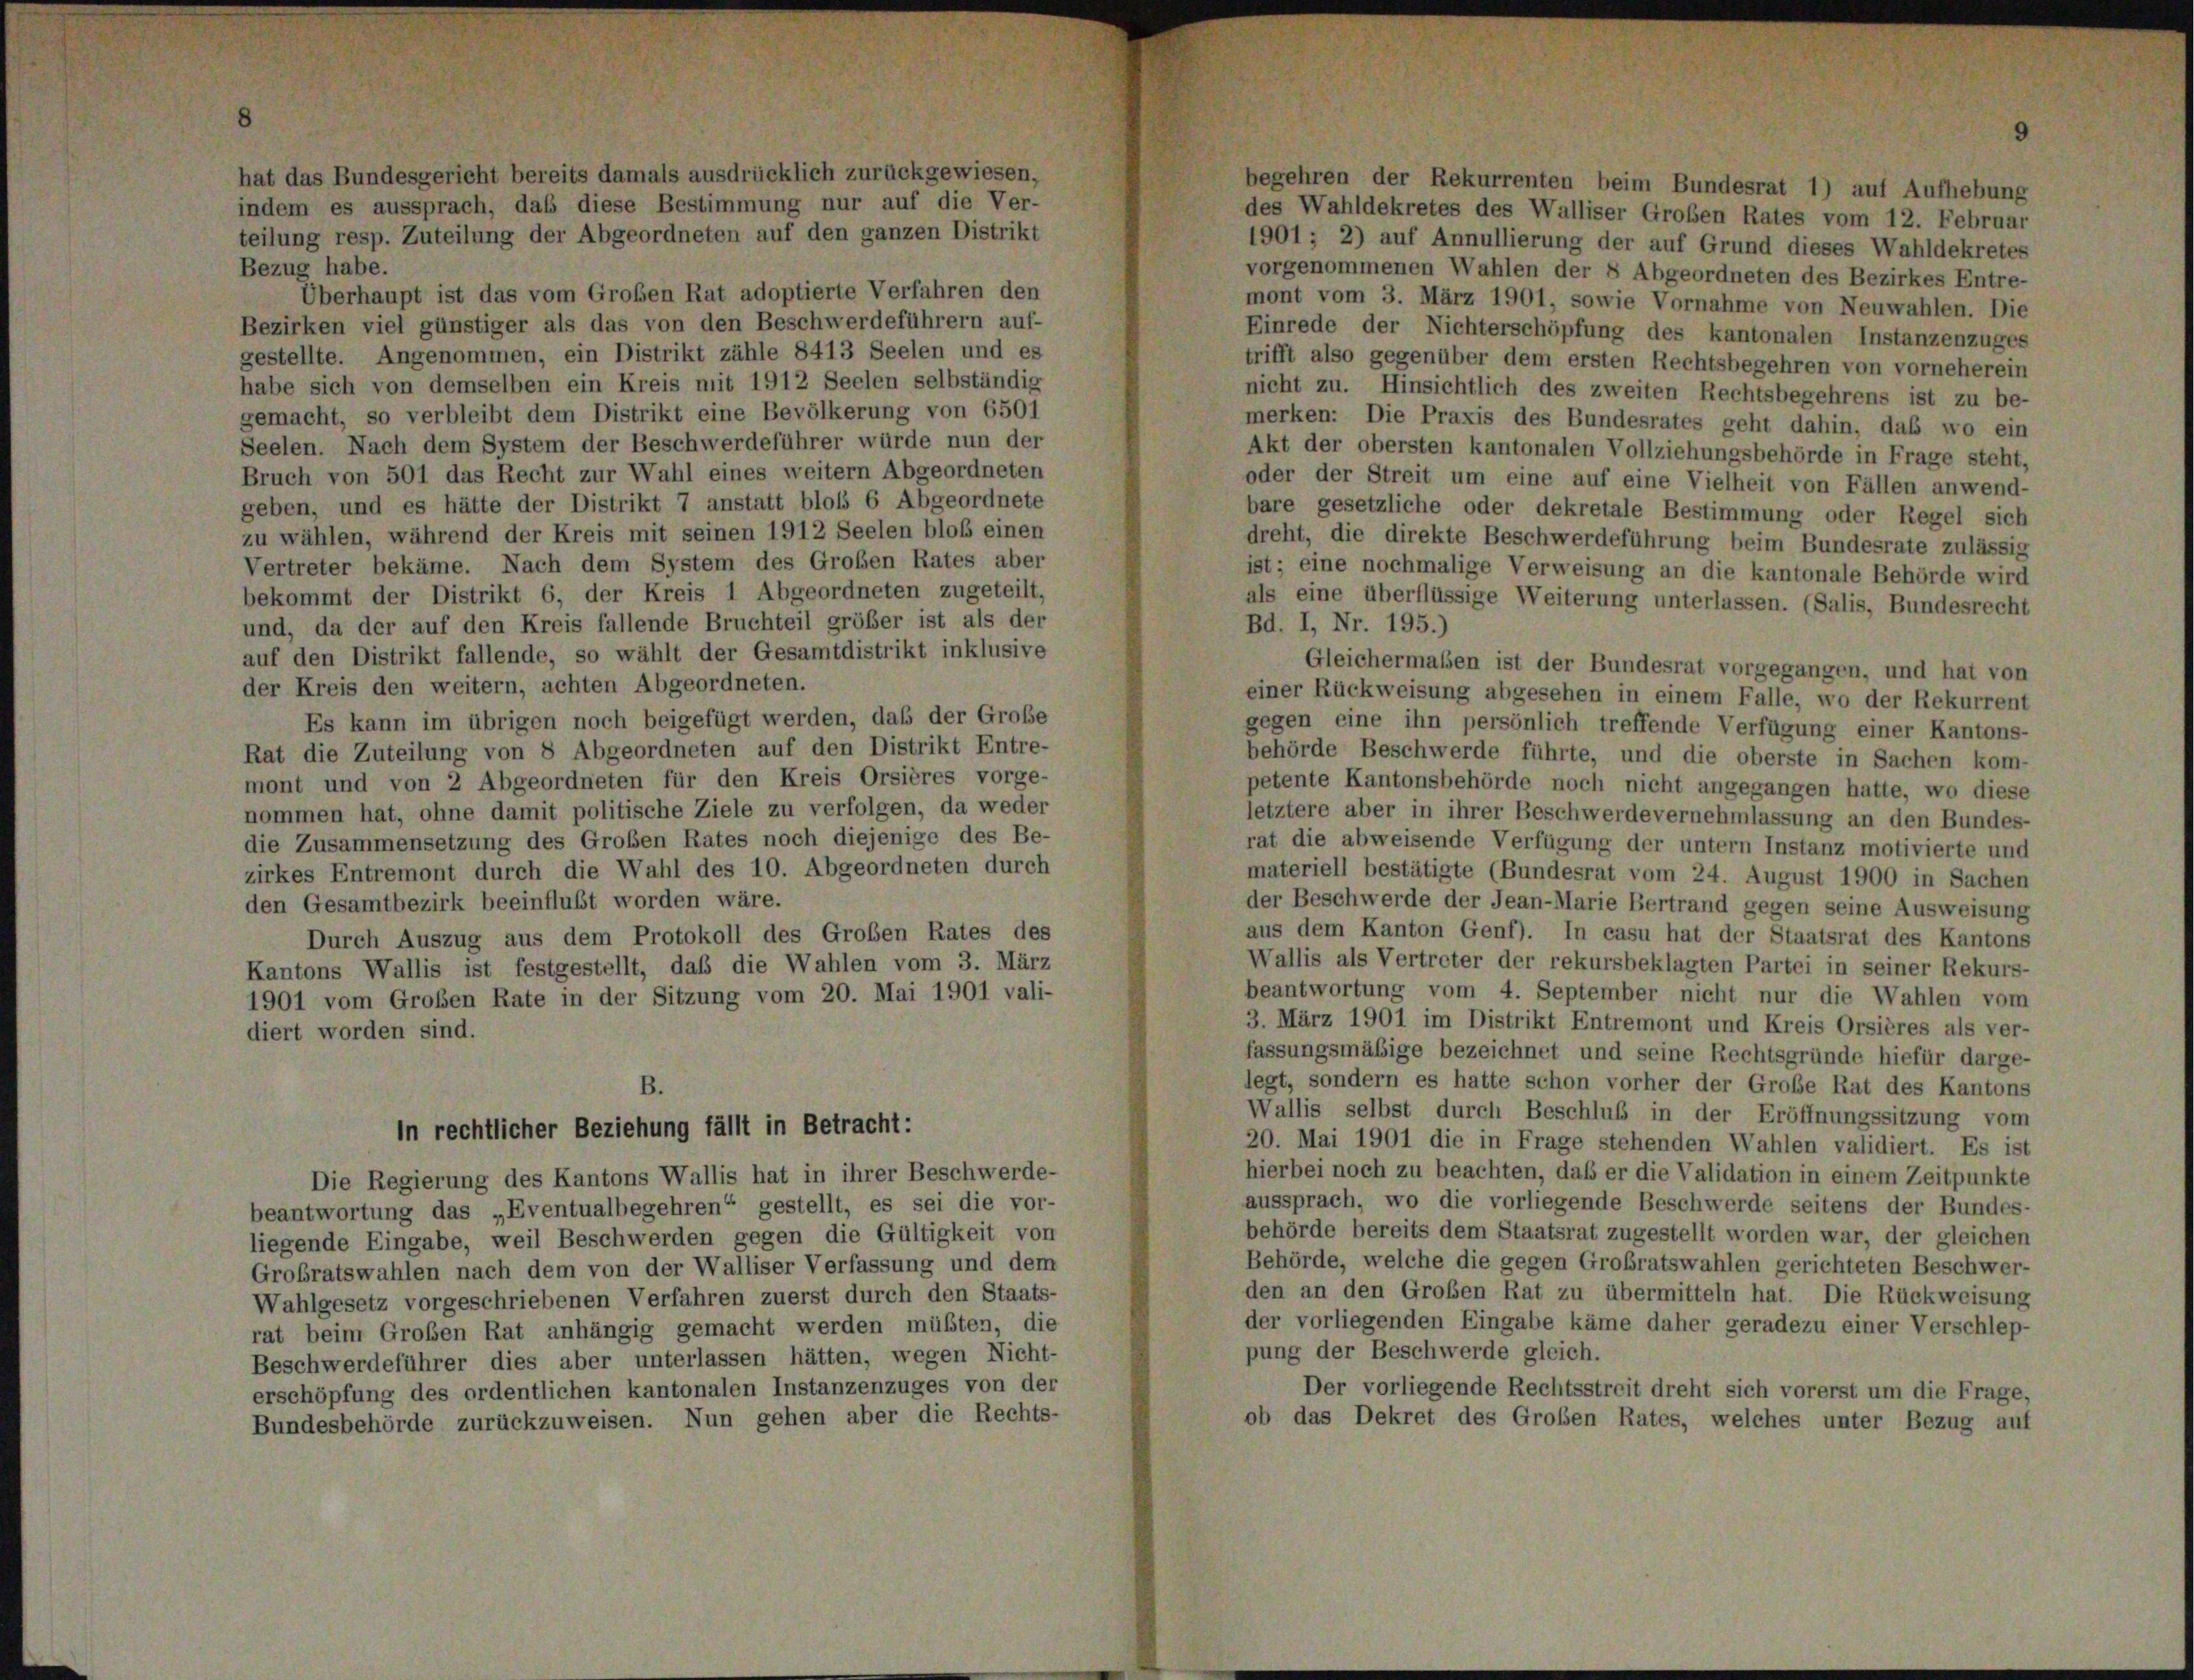
hat das Bundesgericht bereits damals ausdrücklich zurückgewiesen,
begehren der Rekurrenten beim Bundesrat 1) auf Aufhebung
indem es aussprach, daß diese Bestimmung nur auf die Ver-
des Wahldekretes des Walliser Großen Rates vom 12. Februar
teilung resp. Zuteilung der Abgeordneten auf den ganzen Distrikt
1901 ; 2) auf Annullierung der auf Grund dieses Wahldekretes
Bezug habe.
vorgenommenen Wahlen der 8 Abgeordneten des Bezirkes Entre-
Überhaupt ist das vom Großen Rat adoptierte Verfahren den
mont vom 3. März 1901, sowie Vornahme von Neuwahlen. Die
Bezirken viel günstiger als das von den Beschwerdeführern auf-
Einrede der Nichterschöpfung des kantonalen Instanzenzuges
gestellte. Angenommen, ein Distrikt zähle 8413 Seelen und es
trifft also gegenüber dem ersten Rechtsbegehren von vorneherein
habe sich von demselben ein Kreis mit 1912 Seelen selbständig
nicht zu. Hinsichtlich des zweiten Rechtsbegehrens ist zu be-
gemacht, so verbleibt dem Distrikt eine Bevölkerung von 6501
merken: Die Praxis des Bundesrates geht dahin, das wo ein
Seelen. Nach dem System der Beschwerdeführer würde nun der
Akt der obersten kantonalen Vollziehungsbehörde in Frage steht,
Bruch von 501 das Recht zur Wahl eines weitern Abgeordneten
oder der Streit um eine auf eine Vielheit von Fällen anwend-
geben, und es hätte der Distrikt 7 anstatt bloß 6 Abgeordnete
bare gesetzliche oder dekretale Bestimmung oder Regel sich
zu wählen, während der Kreis mit seinen 1912 Seelen bloß einen
dreht, die direkte Beschwerdeführung beim Bundesrate zulässig
Vertreter bekäme. Nach dem System des Großen Rates aber
ist; eine nochmalige Verweisung an die kantonale Behörde wird
bekommt der Distrikt 6, der Kreis 1 Abgeordneten zugeteilt,
als eine überflüssige Weiterung unterlassen. (Salis, Bundesrecht
und, da der auf den Kreis fallende Bruchteil größer ist als der
Bd. I, Nr. 195.)
auf den Distrikt fallende, so wählt der Gesamtdistrikt inklusive
Gleichermaßen ist der Bundesrat vorgegangen, und hat von
der Kreis den weitern, achten Abgeordneten.
einer Rückweisung abgesehen in einem Falle, wo der Rekurrent
Es kann im übrigen noch beigefügt werden, daß der Große
gegen eine ihn persönlich treffende Verfügung einer Kantons-
Rat die Zuteilung von 8 Abgeordneten auf den Distrikt Entre-
behörde Beschwerde führte, und die oberste in Sachen kom-
mont und von 2 Abgeordneten für den Kreis Orsières vorge-
petente Kantonsbehörde noch nicht angegangen hatte, wo diese
nommen hat, ohne damit politische Ziele zu verfolgen, da weder
letztere aber in ihrer Beschwerde vernehmlassung an den Bundes-
die Zusammensetzung des Großen Rates noch diejenige des Be-
rat die abweisende Verfügung der untern Instanz motivierte und
zirkes Entremont durch die Wahl des 10. Abgeordneten durch
materiell bestätigte (Bundesrat vom 24. August 1900 in Sachen
den Gesamtbezirk beeinflußt worden wäre.
der Beschwerde der Jean-Marie Bertrand gegen seine Ausweisung
aus dem Kanton Genf). In casu hat der Staatsrat des Kantons
Durch Auszug aus dem Protokoll des Großen Rates des
Wallis als Vertreter der rekursbeklagten Partei in seiner Rekurs-
Kantons Wallis ist festgestellt, daß die Wahlen vom 3. März
beantwortung vom 4. September nicht nur die Wahlen vom
1901 vom Großen Rate in der Sitzung vom 20. Mai 1901 vali-
3. März 1901 im Distrikt Entremont und Kreis Orsières als ver-
diert worden sind.
fassungsmäßige bezeichnet und seine Rechtsgründe hiefür darge-
legt, sondern es hatte schon vorher der Große Rat des Kantons
B
Wallis selbst durch Beschluß in der Eröffnungssitzung vom
in rechtlicher Beziehung fällt in Betracht:
20. Mai 1901 die in Frage stehenden Wahlen validiert. Es ist
hierbei noch zu beachten, daß er die Validation in einem Zeitpunkte
Die Regierung des Kantons Wallis hat in ihrer Beschwerde-
aussprach, wo die vorliegende Beschwerde seitens der Bundes-
beantwortung das „Eventualbegehren“ gestellt, es sei die vor-
behörde bereits dem Staatsrat zugestellt worden war, der gleichen
liegende Eingabe, weil Beschwerden gegen die Gültigkeit von
Behörde, welche die gegen Großratswahlen gerichteten Beschwer-
Großratswahlen nach dem von der Walliser Verfassung und dem
den an den Großen Rat zu übermitteln hat. Die Rückweisung
Wahlgesetz vorgeschriebenen Verfahren zuerst durch den Staats-
der vorliegenden Eingabe käme daher geradezu einer Verschlep-
rat beim Großen Rat anhängig gemacht werden müßten, die
pung der Beschwerde gleich.
Beschwerdeführer dies aber unterlassen hätten, wegen Nicht-
Der vorliegende Rechtsstreit dreht sich vorerst um die Frage
erschöpfung des ordentlichen kantonalen Instanzenzuges von der
ob das Dekret des Großen Rates, welches unter Bezug auf
Bundesbehörde zurückzuweisen. Nun gehen aber die Rechts-